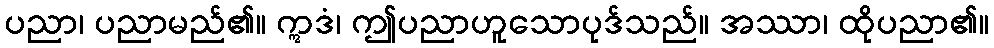
ပညာ၊ ပညာမည်၏။ ဣဒံ၊ ဤပညာဟူသောပုဒ်သည်။ အဿာ၊ ထိုပညာ၏။